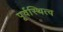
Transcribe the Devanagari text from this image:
पूर्वस्थित्व